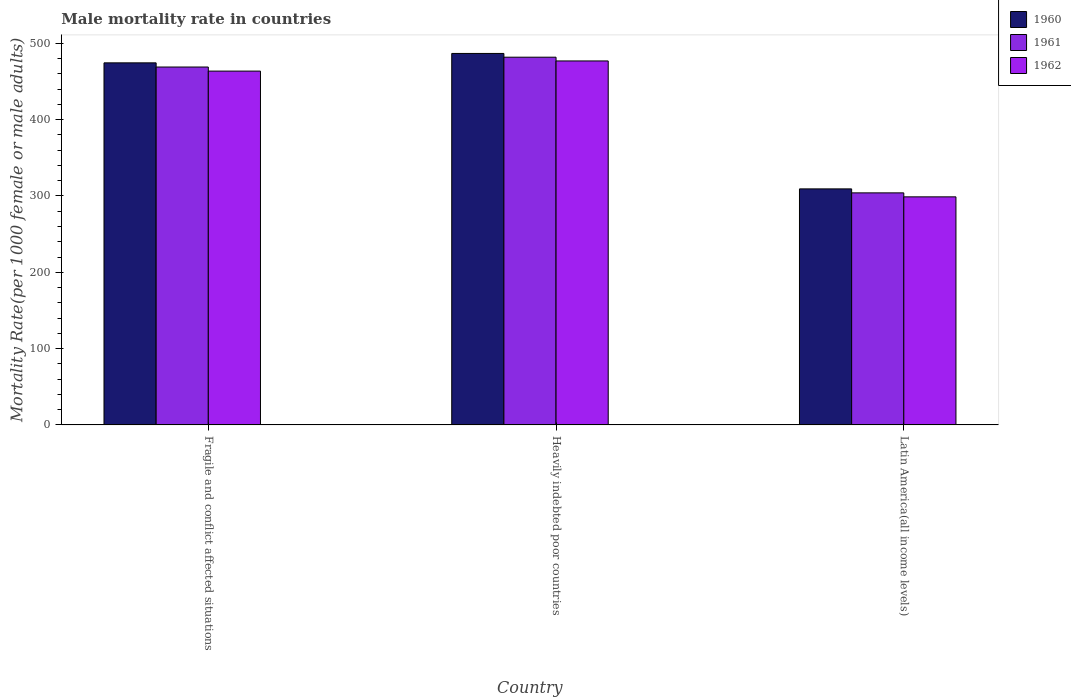
| Country | 1960 | 1961 | 1962 |
 | --- | --- | --- | --- |
 | Fragile and conflict affected situations | 474 | 469 | 464 |
 | Heavily indebted poor countries | 487 | 482 | 477 |
 | Latin America(all income levels) | 309 | 304 | 299 |